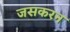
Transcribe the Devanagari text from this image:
जसकरन